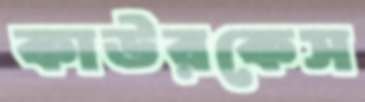
কাউরকেস